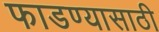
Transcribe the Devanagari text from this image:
फाडण्यासाठी